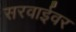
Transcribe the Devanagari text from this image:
सरवाईवर